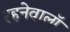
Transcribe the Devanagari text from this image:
रहनेवालॉ